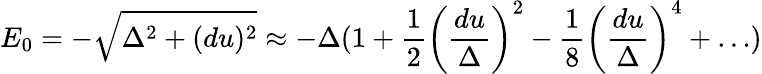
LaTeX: E_{0}=-\sqrt{\Delta^{2}+(du)^{2}}\approx-\Delta(1+\frac{1}{2}\left(\frac{du}{\Delta}\right)^{2}-\frac{1}{8}\left(\frac{du}{\Delta}\right)^{4}+\dots)